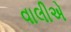
વાલીએ